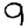
Digit: 9